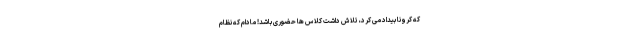
که کرونا بیداد می کرد، تلاش داشت کلاس ها حضوری باشد! مادام که نظام